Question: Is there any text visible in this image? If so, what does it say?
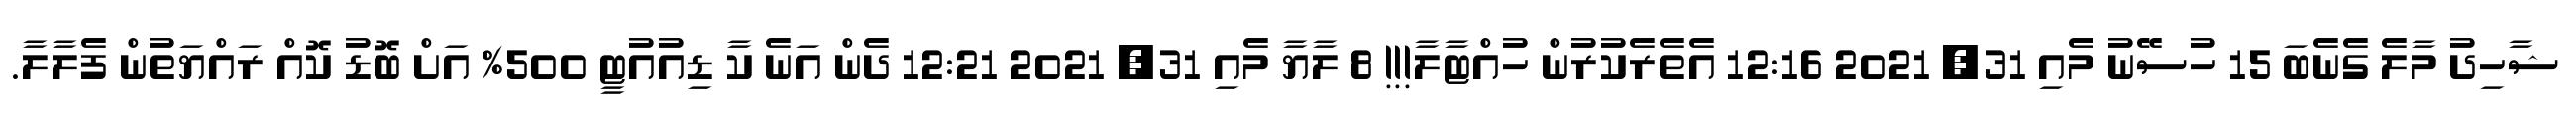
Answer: ޝާހިދު މާލެ ގެނެބަ 15 ހުސޭނު މެއި 31, 2021 12:16 އެތެރެކުރުން ހުއްޓާލާ!!! 8 ލާޔާ މެއި 31, 2021 12:21 ދެން އަނެ ކާ ޑިއުއުޓީ 500% އަށް ބޮޑު ކޮއް ރައްޔަތުން ފެލާލާ.